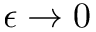
\epsilon \to 0